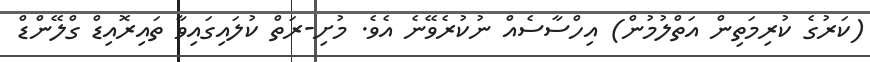
(ކަރުގެ ކުރިމަތިން އަތްލުމުން) އިހްސާސެއް ނުކުރެވޭނެ އެވެ. މުށި-ރަތް ކުލައިގައިވާ ތައިރޮއިޑް ގްލޭންޑް